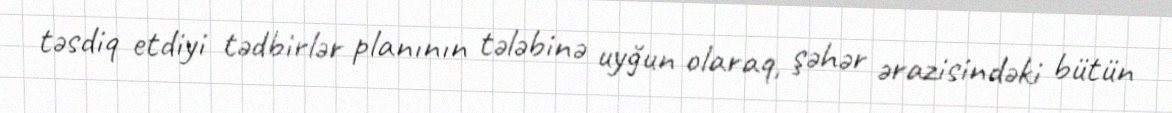
təsdiq etdiyi tədbirlər planının tələbinə uyğun olaraq, şəhər ərazisindəki bütün